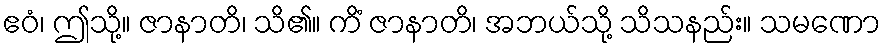
ဧဝံ၊ ဤသို့။ ဇာနာတိ၊ သိ၏။ ကိံ ဇာနာတိ၊ အဘယ်သို့ သိသနည်း။ သမဏော